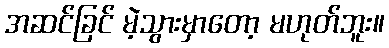
အဆင်ခြင် မဲ့သွားမှာတော့ မဟုတ်ဘူး။